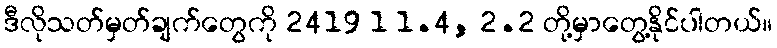
ဒီလိုသတ်မှတ်ချက်တွေကို 2419 1 1.4, 2.2 တို့မှာတွေ့နိုင်ပါတယ်။